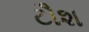
ટૌશ